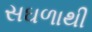
સઘળાથી